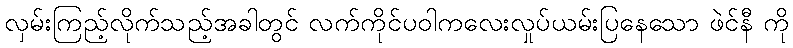
လှမ်းကြည့်လိုက်သည့်အခါတွင် လက်ကိုင်ပဝါကလေးလှုပ်ယမ်းပြနေသော ဖဲင်နီ ကို